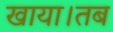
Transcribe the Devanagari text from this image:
खाया।तब